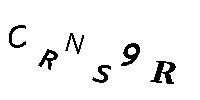
CRNS9R